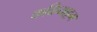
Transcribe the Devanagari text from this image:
कळियाट्टम